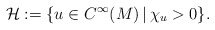
\begin{align*}\mathcal{H} := \{u \in C^\infty(M) \,|\, \chi_u > 0\}.\end{align*}